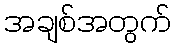
အချစ်အတွက်